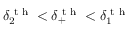
\delta _ { 2 } ^ { \textrm { t h } } < \delta _ { + } ^ { \textrm { t h } } < \delta _ { 1 } ^ { \textrm { t h } }